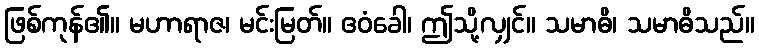
ဖြစ်ကုန်၏။ မဟာရာဇ၊ မင်းမြတ်။ ဧဝံခေါ၊ ဤသို့လျှင်။ သမာဓိ၊ သမာဓိသည်။